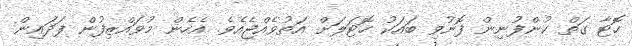
ހޮޓާ ގަތް ކުންފުނިން ފޮނުވި ބައަކު ހޮޓަލަށް އަތުވެއްޖެއެވެ. އެހެން މުވައްޒިފުން ފަދައިން